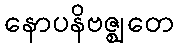
နောပနိဗဇ္ဈတေ